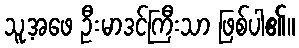
သူ့အဖေ ဦးမာဒင်ကြီးသာ ဖြစ်ပါ၏။